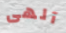
آلهى